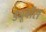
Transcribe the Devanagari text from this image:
ड्यूबॉस